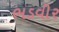
ભડવીર